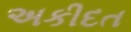
અકીદત